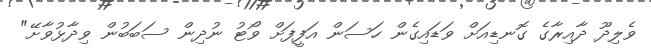
ވެލިދޫ ދާއިރާގެ ގޮނޑިއަށް ވަޑައިގެން ހަސަން އަފީފަށް ވޯޓު ނުދިން ސަބަބުން ވިދާޅުވާށޭ"